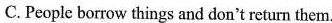
C. People borrow things and don't return them.